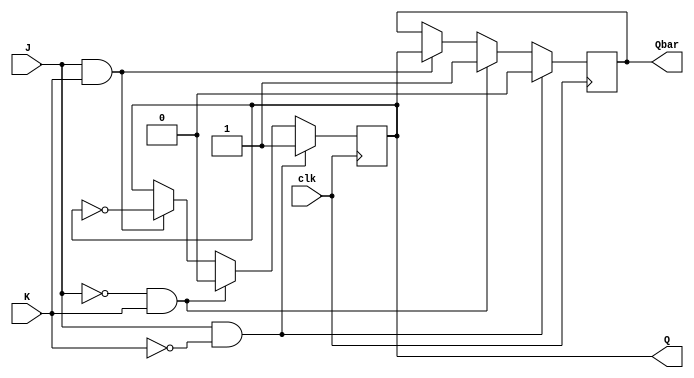
module jk_flip_flop (
    input J, // set input
    input K, // reset input
    input clk, // clock input
    output reg Q, // output
    output reg Qbar // inverted output
);

always @(negedge clk) begin
    if (J & !K) begin
        Q <= 1'b1;
        Qbar <= 1'b0;
    end else if (!J & K) begin
        Q <= 1'b0;
        Qbar <= 1'b1;
    end else if (J & K) begin
        Q <= !Q;
        Qbar <= Q;
    end
end

endmodule